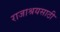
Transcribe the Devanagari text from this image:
राजाश्रयसाठी